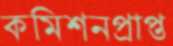
কমিশনপ্রাপ্ত